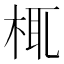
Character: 㭯